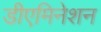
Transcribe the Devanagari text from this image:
डीएमिनेशन